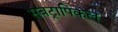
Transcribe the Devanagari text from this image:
सबट्रापिकल